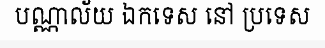
បណ្ណាល័យ ឯកទេស នៅ ប្រទេស